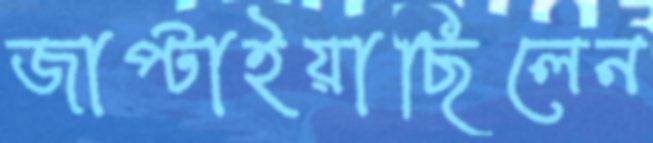
জাপ্‌টাইয়াছিলেন